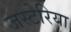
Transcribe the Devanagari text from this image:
जस्टेरिया